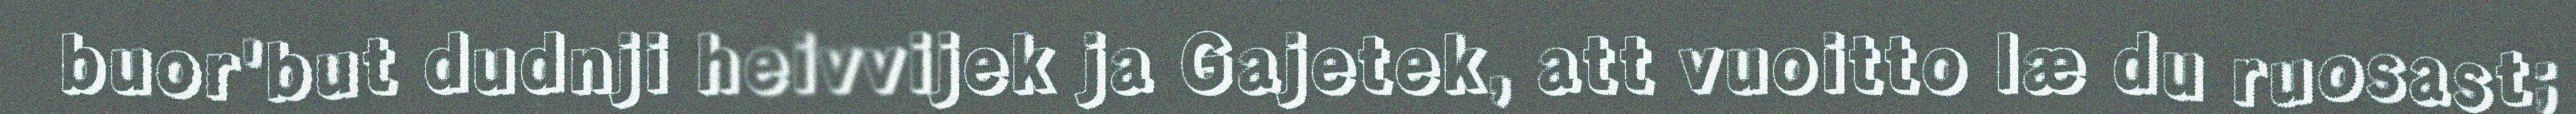
buor'but dudnji heivvijek ja Gajetek, att vuoitto læ du ruosast;